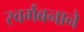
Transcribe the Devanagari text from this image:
स्वर्गबनाने